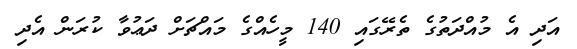
އަދި އެ މުއްދަތުގެ ތެރޭގައި 140 މީހެއްގެ މައްޗަށް ދަޢުވާ ކުރަން އެދި